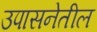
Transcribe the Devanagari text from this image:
उपासनेतील